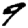
Digit: 9